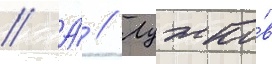
// А́ // Лужко́в